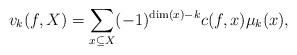
LaTeX: \begin{align*}v_k(f, X) = \sum_{x \subseteq X} (-1)^{\dim(x)-k} c(f,x) \mu_k(x),\end{align*}